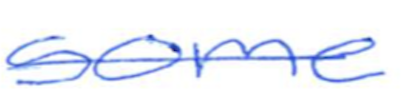
Text: some
Cross-out: single-line
Writing tool: ballpoint